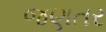
જણતર